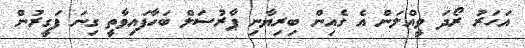
އަހަރު ރޯދަ ވީއްލަން އެ ގެއިން ބިރިޔާނި ޕާރުސަލް ބަހާފައިވާތީ ގިނަ ފަގީރުން